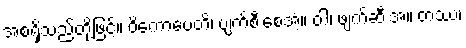
အစရှိသည်တို့ဖြင့်။ ဝိကောပေတိ၊ ပျက်စီးစေအံ့။ ဝါ၊ ဖျက်ဆီးအံ့။ တဿ၊